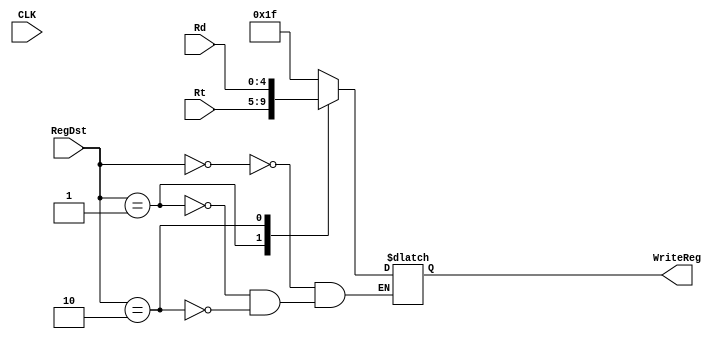
`timescale 1ns / 1ps
//////////////////////////////////////////////////////////////////////////////////
// Company: 
// Engineer: 
// 
// Design Name: 
// Module Name: Mux_Threee_To_OneReg
// Project Name: 
// Target Devices: 
// Tool Versions: 
// Description: 
// 
// Dependencies: 
// 
// Revision:
// Revision 0.01 - File Created
// Additional Comments:
// 
//////////////////////////////////////////////////////////////////////////////////


module Mux_Three_To_OneReg(CLK,RegDst, Rt, Rd, WriteReg );
    input CLK;
    input [1:0] RegDst;
    input [4:0] Rt;
    input [4:0] Rd;
    output reg [4:0] WriteReg;
    always@(RegDst or Rt or Rd or WriteReg) begin
            case(RegDst)
             2'b00:begin
                  WriteReg= 5'b11111;
              end
              2'b01:begin
                  WriteReg = Rt;
              end
              2'b10:begin
                 WriteReg= Rd;
              end
            endcase
    end

endmodule